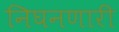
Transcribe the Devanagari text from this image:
निघनणारी